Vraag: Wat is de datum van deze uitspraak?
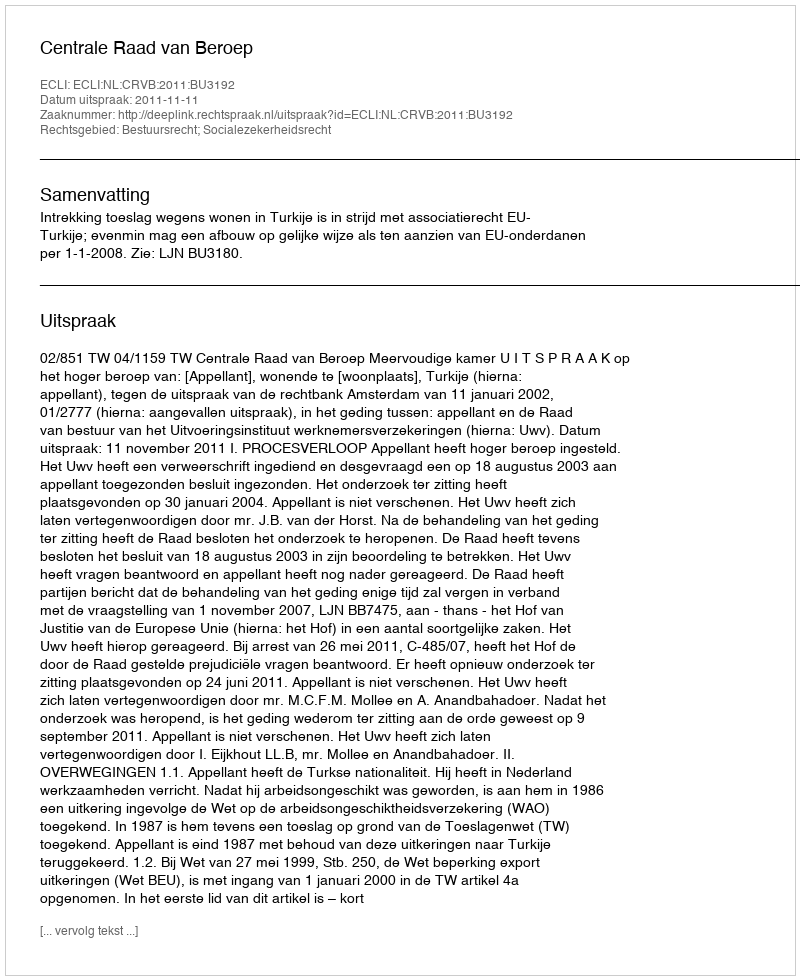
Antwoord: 2011-11-11